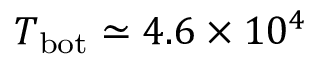
T _ { \mathrm { b o t } } \simeq 4 . 6 \times 1 0 ^ { 4 }